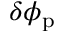
\delta \phi _ { \mathrm { p } }